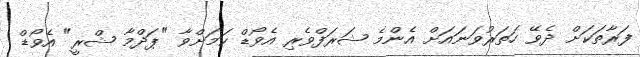
ފަރާތަކަށް ދެވޭ ހަތަރުވަނައަށް އެންމެ ޝަރަފްވެރި އެވޯޑް ކަމަށްވާ "ޕަދްމާ ޝްރީ" އެވޯޑް